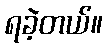
ရခဲ့တယ်။